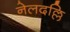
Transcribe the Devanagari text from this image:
नेलदल्लि